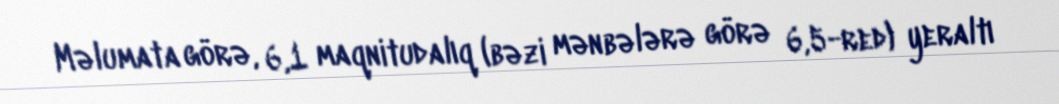
Məlumata görə, 6,1 maqnitudalıq (bəzi mənbələrə görə 6,5-red) yeraltı